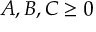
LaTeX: A , B , C \geq 0